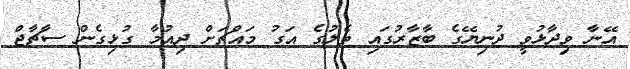
އޭނާ ވިދާޅުވީ ދުނިޔޭގެ ބާޒާރުގައި ތެލުގެ އަގު މައްޗަށް ދިއުމާ ގުޅިގެން ސާޗާޖް